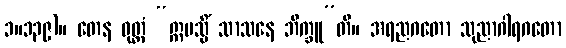
၁။၁၃၉)။ တေန ဝုတ္တံ “ဣမသ္မိံ သာသနေ ဘိက္ခူ”တိ။ အရညဂတော သုညာဂါရဂတော